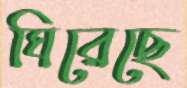
ঘিরেছে